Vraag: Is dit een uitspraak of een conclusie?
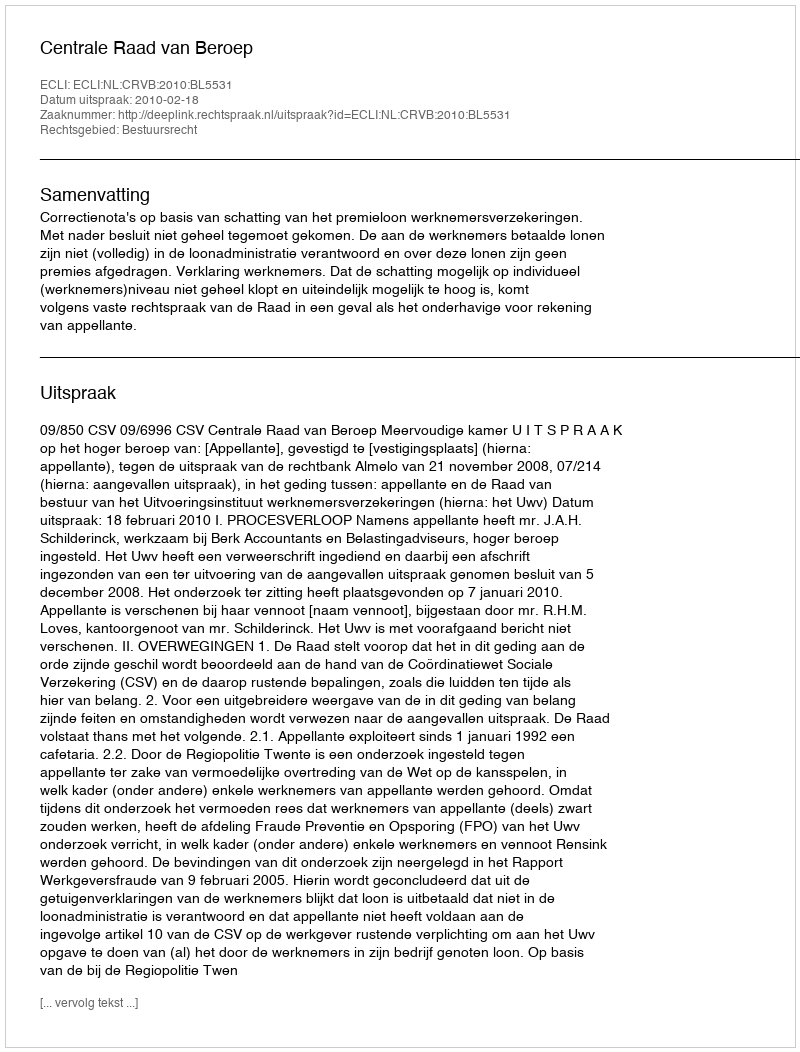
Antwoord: Uitspraak